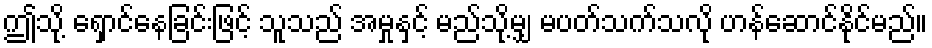
ဤသို့ ရှောင်နေခြင်းဖြင့် သူသည် အမှုနှင့် မည်သို့မျှ မပတ်သက်သလို ဟန်ဆောင်နိုင်မည်။